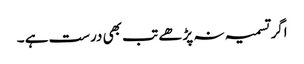
اگر تسمیہ نہ پڑھے تب بھی درست ہے ۔